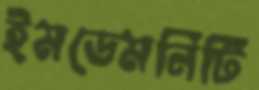
ইমডেমনিটি